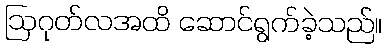
ဩဂုတ်လအထိ ဆောင်ရွက်ခဲ့သည်။